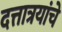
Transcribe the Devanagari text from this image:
दत्तात्रयांचे